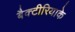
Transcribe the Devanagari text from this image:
बैक्टीरियाके